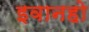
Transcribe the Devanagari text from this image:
इवानहो